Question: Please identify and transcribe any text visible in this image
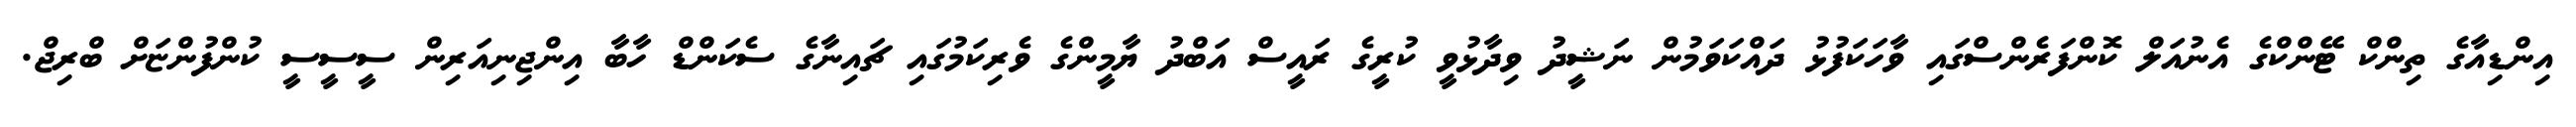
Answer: އިންޑިއާގެ ތިންކް ޓޭންކްގެ އެނުއަލް ކޮންފަރެންސްގައި ވާހަކަފުޅު ދައްކަވަމުން ނަޝީދު ވިދާޅުވީ ކުރީގެ ރައީސް އަބްދު ޔާމީންގެ ވެރިކަމުގައި ޗައިނާގެ ސެކަންޑް ހާބާ އިންޖިނިއަރިން ސީސީސީ ކުންފުންޏަށް ބްރިޖް.